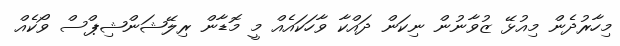
މިހާރުދެން މިއުޅޭ ޒުވާނުން ނިކަން ދައްކާ ވާހަކައެއް މީ މޮޑާން ރިލޭޝަންޝިޕްސް ވޯކެއް